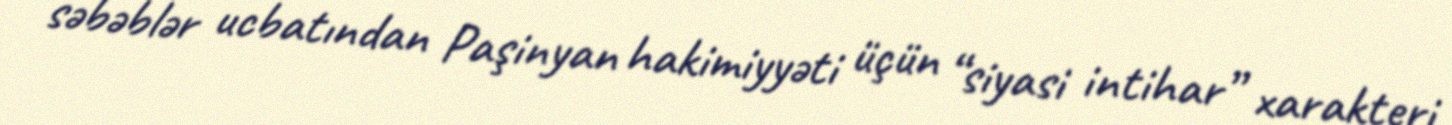
səbəblər ucbatından Paşinyan hakimiyyəti üçün “siyasi intihar” xarakteri